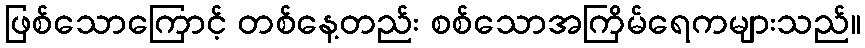
ဖြစ်သောကြောင့် တစ်နေ့တည်း စစ်သောအကြိမ်ရေကများသည်။